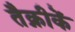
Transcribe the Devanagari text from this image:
तैक्नीकें